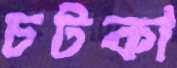
চটকা